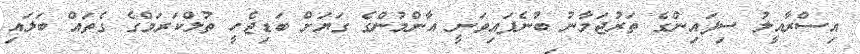
އިސްރާއީލު ސިފައިންގެ ތަރުޖަމާނު ބުނެފައިވަނީ އާންމުންގެ ގަޔަށް ބަޑިޖެހީ ތުލްކަރަމްގެ ގެތައް ބަލައި